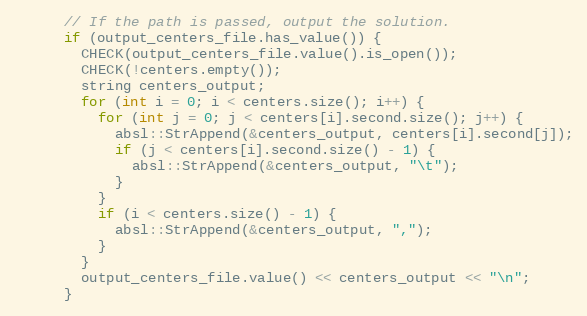
Language: C++
      // If the path is passed, output the solution.
      if (output_centers_file.has_value()) {
        CHECK(output_centers_file.value().is_open());
        CHECK(!centers.empty());
        string centers_output;
        for (int i = 0; i < centers.size(); i++) {
          for (int j = 0; j < centers[i].second.size(); j++) {
            absl::StrAppend(&centers_output, centers[i].second[j]);
            if (j < centers[i].second.size() - 1) {
              absl::StrAppend(&centers_output, "\t");
            }
          }
          if (i < centers.size() - 1) {
            absl::StrAppend(&centers_output, ",");
          }
        }
        output_centers_file.value() << centers_output << "\n";
      }